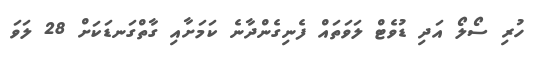
ހުރި ސޯލޯ އަދި ޑުވެޓް ލަވަތައް ފެނިގެންދާނެ ކަމަށާއި ގާތްގަނޑަކަށް 28 ލަވަ